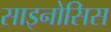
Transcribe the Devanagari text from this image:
साइनोसिस